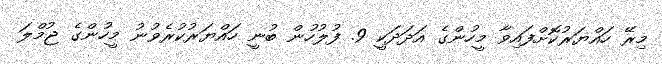
މިރޭ ހައްޔަރުކޮށްފައިވާ މީހުންގެ އަދަދަކީ 9. ފުލުހުން ބުނީ ހައްޔަރުކުރެވުނު މީހުންގެ ޖުމްލަ